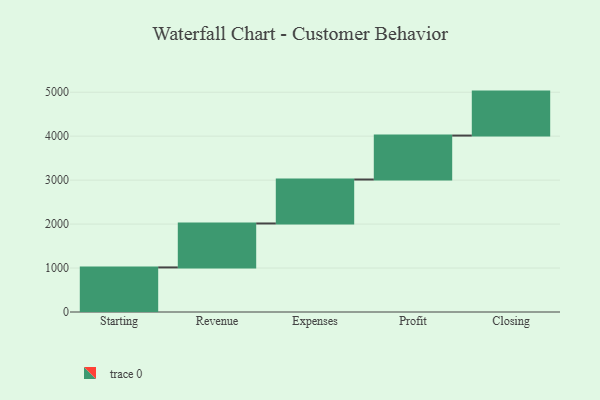
{"axis": {"x": "Step", "y": "Value"}, "legend": [""], "data": [{"x": "Starting", "y": 1014.0, "type": ""}, {"x": "Revenue", "y": 1000, "type": ""}, {"x": "Expenses", "y": 1000, "type": ""}, {"x": "Profit", "y": 1000, "type": ""}, {"x": "Closing", "y": 1000, "type": ""}]}